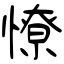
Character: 憭